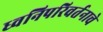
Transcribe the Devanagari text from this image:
ध्वनिपरिवर्तनाचे